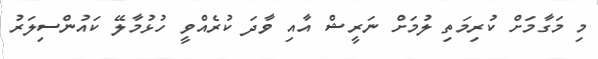
މި މަގާމަށް ކުރިމަތި ލުމަށް ނަރީޝް އާއި ވާދަ ކުރެއްވީ ހުޅުމާލޭ ކައުންސިލަރު